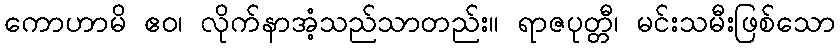
ကောဟာမိ ဧဝ၊ လိုက်နာအံ့သည်သာတည်း။ ရာဇပုတ္တီ၊ မင်းသမီးဖြစ်သော